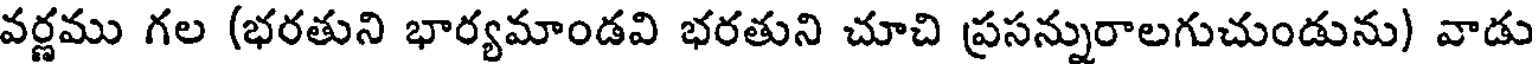
వర్ణము గల (భరతుని భార్యమాండవి భరతుని చూచి ప్రసన్నురాలగుచుండును) వాడు